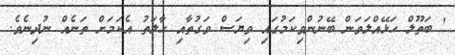
' ބަތޫލް ހަޅޭއްލަވަން ބޭނުންވިކަމުގައި ވިޔަސް ވަގުތާއި ހާލަތު އެކަމަށް ތަނެއް ނުދިނެވެ.